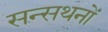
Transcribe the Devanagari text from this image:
सन्सथनों